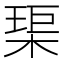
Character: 𤦲